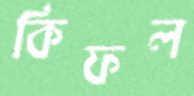
কিফল